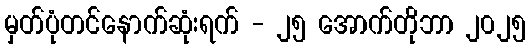
မှတ်ပုံတင်နောက်ဆုံးရက် - ၂၅ အောက်တိုဘာ ၂၀၂၅